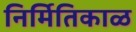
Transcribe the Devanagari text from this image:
निर्मितिकाळ